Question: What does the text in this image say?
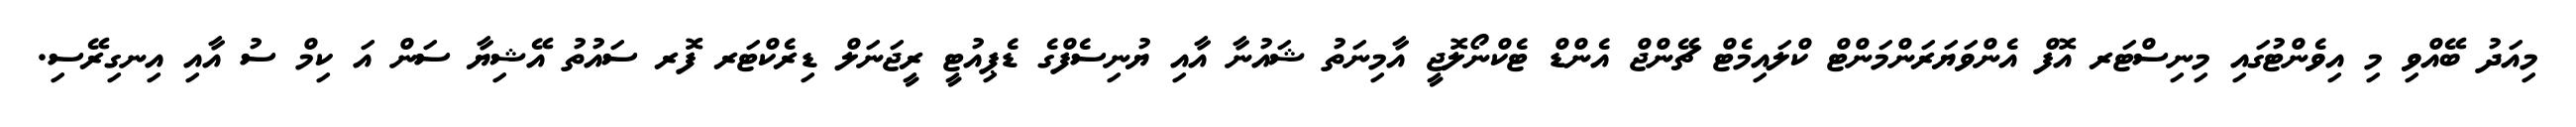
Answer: މިއަދު ބޭއްވި މި އިވެންޓުގައި މިނިސްޓަރ އޮފް އެންވަޔަރަންމަންޓް ކްލައިމެޓް ޗޭންޖް އެންޑް ޓެކްނޯލޮޖީ އާމިނަތު ޝައުނާ އާއި ޔުނިސެފްގެ ޑެޕިއުޓީ ރީޖަނަލް ޑިރެކްޓަރ ފޮރ ސައުތު އޭޝިޔާ ސަން އަ ކިމް ސު އާއި އިނގިރޭސި.